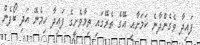
ފައިދާ ވެގެންދާނެ ކަމަށާއި އޭގެ ތެރޭގައި ތިމާވެށީގެ ފައިދާ ހިމެނޭ އަދި ބޯފެން